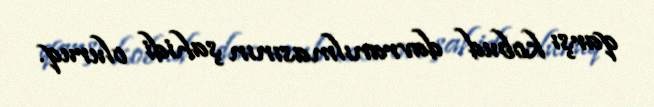
qarşı kobud davranılmasının şahidi oluruq.